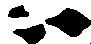
ハ